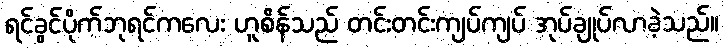
ရင်ခွင်ပိုက်ဘုရင်ကလေး ဟူစိန်သည် တင်းတင်းကျပ်ကျပ် အုပ်ချုပ်လာခဲ့သည်။